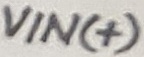
Text: VIN(+)